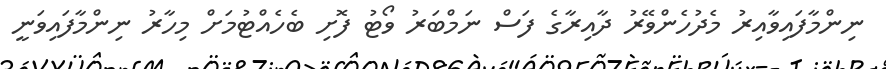
ނިންމާފައިވާއިރު މެދުހެންވޭރު ދާއިރާގެ ފަސް ނަމްބަރު ވޯޓު ފޮށި ބެހެއްޓުމަށް މިހާރު ނިންމާފައިވަނީ